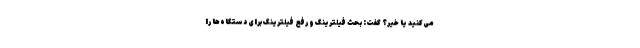
می‌کنید یا خیر؟ گفت: بحث فیلترینگ و رفع فیلترینگ برای دستگاه‌ها را